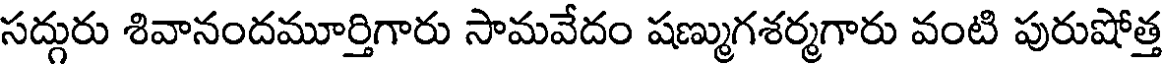
సద్గురు శివానందమూర్తిగారు సామవేదం షణ్ముగశర్మగారు వంటి పురుషోత్త